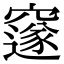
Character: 𮄜